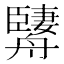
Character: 𦪱